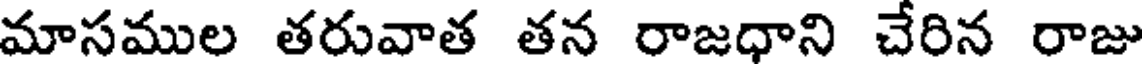
మాసముల తరువాత తన రాజధాని చేరిన రాజు